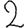
Digit: 2